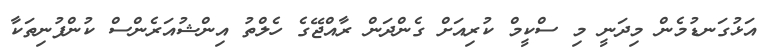
އަޅުގަނޑުމެން މިދަނީ މި ސްކީމް ކުރިއަށް ގެންދަން ރާއްޖޭގެ ހެލްތު އިންޝުއަރެންސް ކުންފުނިތަކާ